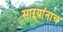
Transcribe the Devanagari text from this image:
साऱ्यांनाच